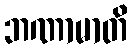
ဘဏာမာတိ